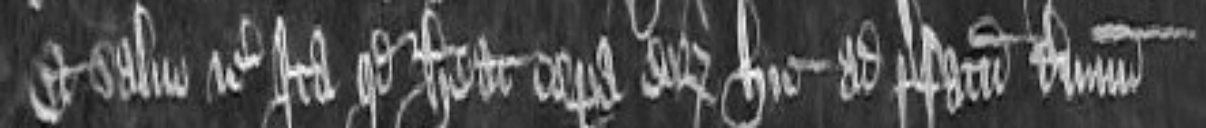
et salvo etc ita quod habeat corpora eorum hic ad prefatum terminum.